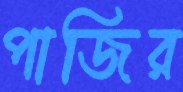
পাজির